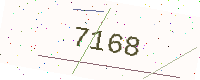
Text: 7168